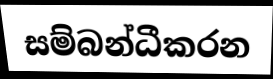
සම්බන්ධීකරන